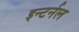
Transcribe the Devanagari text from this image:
इन्टर्नल